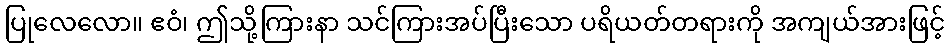
ပြုလေလော။ ဧဝံ၊ ဤသို့ကြားနာ သင်ကြားအပ်ပြီးသော ပရိယတ်တရားကို အကျယ်အားဖြင့်